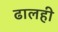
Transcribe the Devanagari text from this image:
ढालही